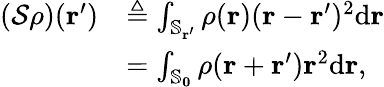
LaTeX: \begin{array}{rl}{(\mathcal{S}\rho)(\mathbf{r}^{\prime})}&{\triangleq\int_{\mathbb{S}_{\mathbf{r}^{\prime}}}\rho(\mathbf{r})(\mathbf{r}-\mathbf{r}^{\prime})^{2}\mathrm{d}\mathbf{r}}\\ &{=\int_{\mathbb{S}_{\mathbf{0}}}\rho(\mathbf{r}+\mathbf{r}^{\prime})\mathbf{r}^{2}\mathrm{d}\mathbf{r},}\end{array}